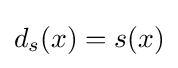
d_{s}(x)=s(x)